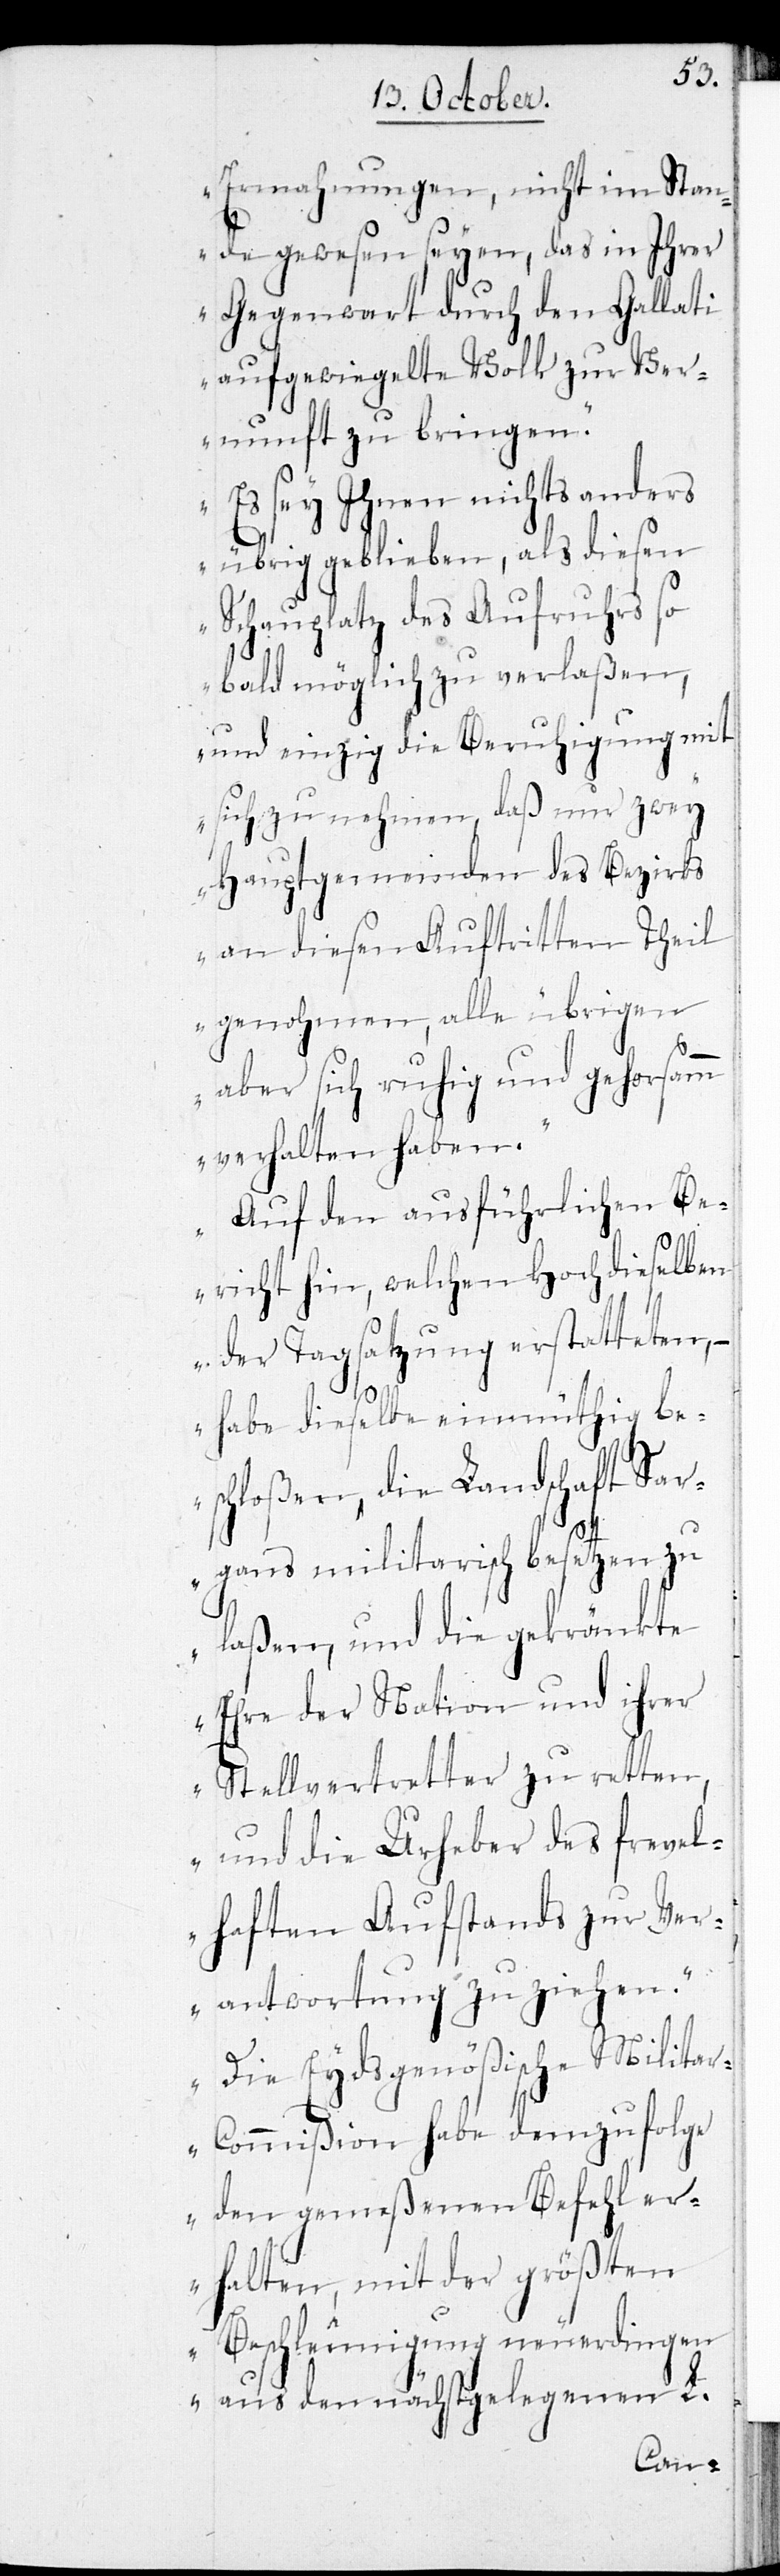
Ermahnungen, nicht im Stan¬
de gewesen seyen, das in Ihrer
Gegenwart durch den Gallati
aufgewiegelte Volk zur Ver¬
nunft zu bringen.
Es sey Ihnen nichts anderes
übrig geblieben, als diesen
Schauplatz des Aufruhrs so
bald möglich zu verlaßen,
und einzig die Beruhigung mit
sich zu nehmen, daß nur zwey
Hauptgemeinden des Bezirks
an diesen Auftritten Theil
genohmen, alle übrigen
aber sich ruhig und gehorsamm
verhalten haben.
Auf den ausführlichen Be¬
richt hin, welchen Hochdieselben
der Tagsatzung erstatteten, –
habe dieselbe einmüthig be¬
schloßen, die Landschaft Sar¬
gans militarisch besetzen zu
laßen, und die gekränkte
Ehre der Nation und ihrer
Stellvertretter zu retten,
und die Urheber des frevel¬
haften Aufstands zur Ver¬
antwortung zu ziehen.
Die Eydsgenößische Milita¬
r-Commißion habe demzufolge
den gemeßenen Befehl er¬
halten, mit der größten
Beschleunigung neuerdingen
aus den nächstgelegenen L.